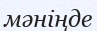
мәніңде